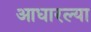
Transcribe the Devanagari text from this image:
आधारल्या